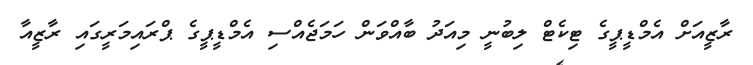
ރާޒީއަށް އެމްޑީޕީގެ ޓިކެޓް ލިބުނީ މިއަދު ބާއްވަން ހަމަޖެއްސި އެމްޑީޕީގެ ޕްރައިމަރީގައި ރާޒީއާ